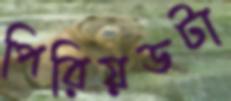
পিরিয়ডটা